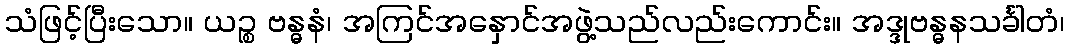
သံဖြင့်ပြီးသော။ ယဉ္စ ဗန္ဓနံ၊ အကြင်အနှောင်အဖွဲ့သည်လည်းကောင်း။ အဒ္ဒုဗန္ဓနသင်္ခါတံ၊